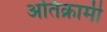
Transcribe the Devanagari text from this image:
अतिक्रामी